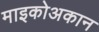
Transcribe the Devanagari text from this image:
माइकोअकान